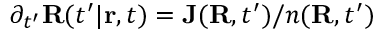
\partial _ { t ^ { \prime } } { \bf R } ( t ^ { \prime } | { \bf r } , t ) = { \bf J } ( { \bf R } , t ^ { \prime } ) / n ( { \bf R } , t ^ { \prime } )